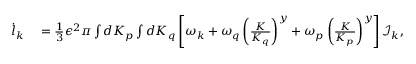
\begin{array} { r l } { \dot { l } _ { k } } & { { } = \frac { 1 } { 3 } \epsilon ^ { 2 } \pi \int d K _ { p } \int d K _ { q } \left[ \omega _ { k } + \omega _ { q } \left( \frac { K } { K _ { q } } \right) ^ { y } + \omega _ { p } \left( \frac { K } { K _ { p } } \right) ^ { y } \right] \mathcal { I } _ { k } , } \end{array}